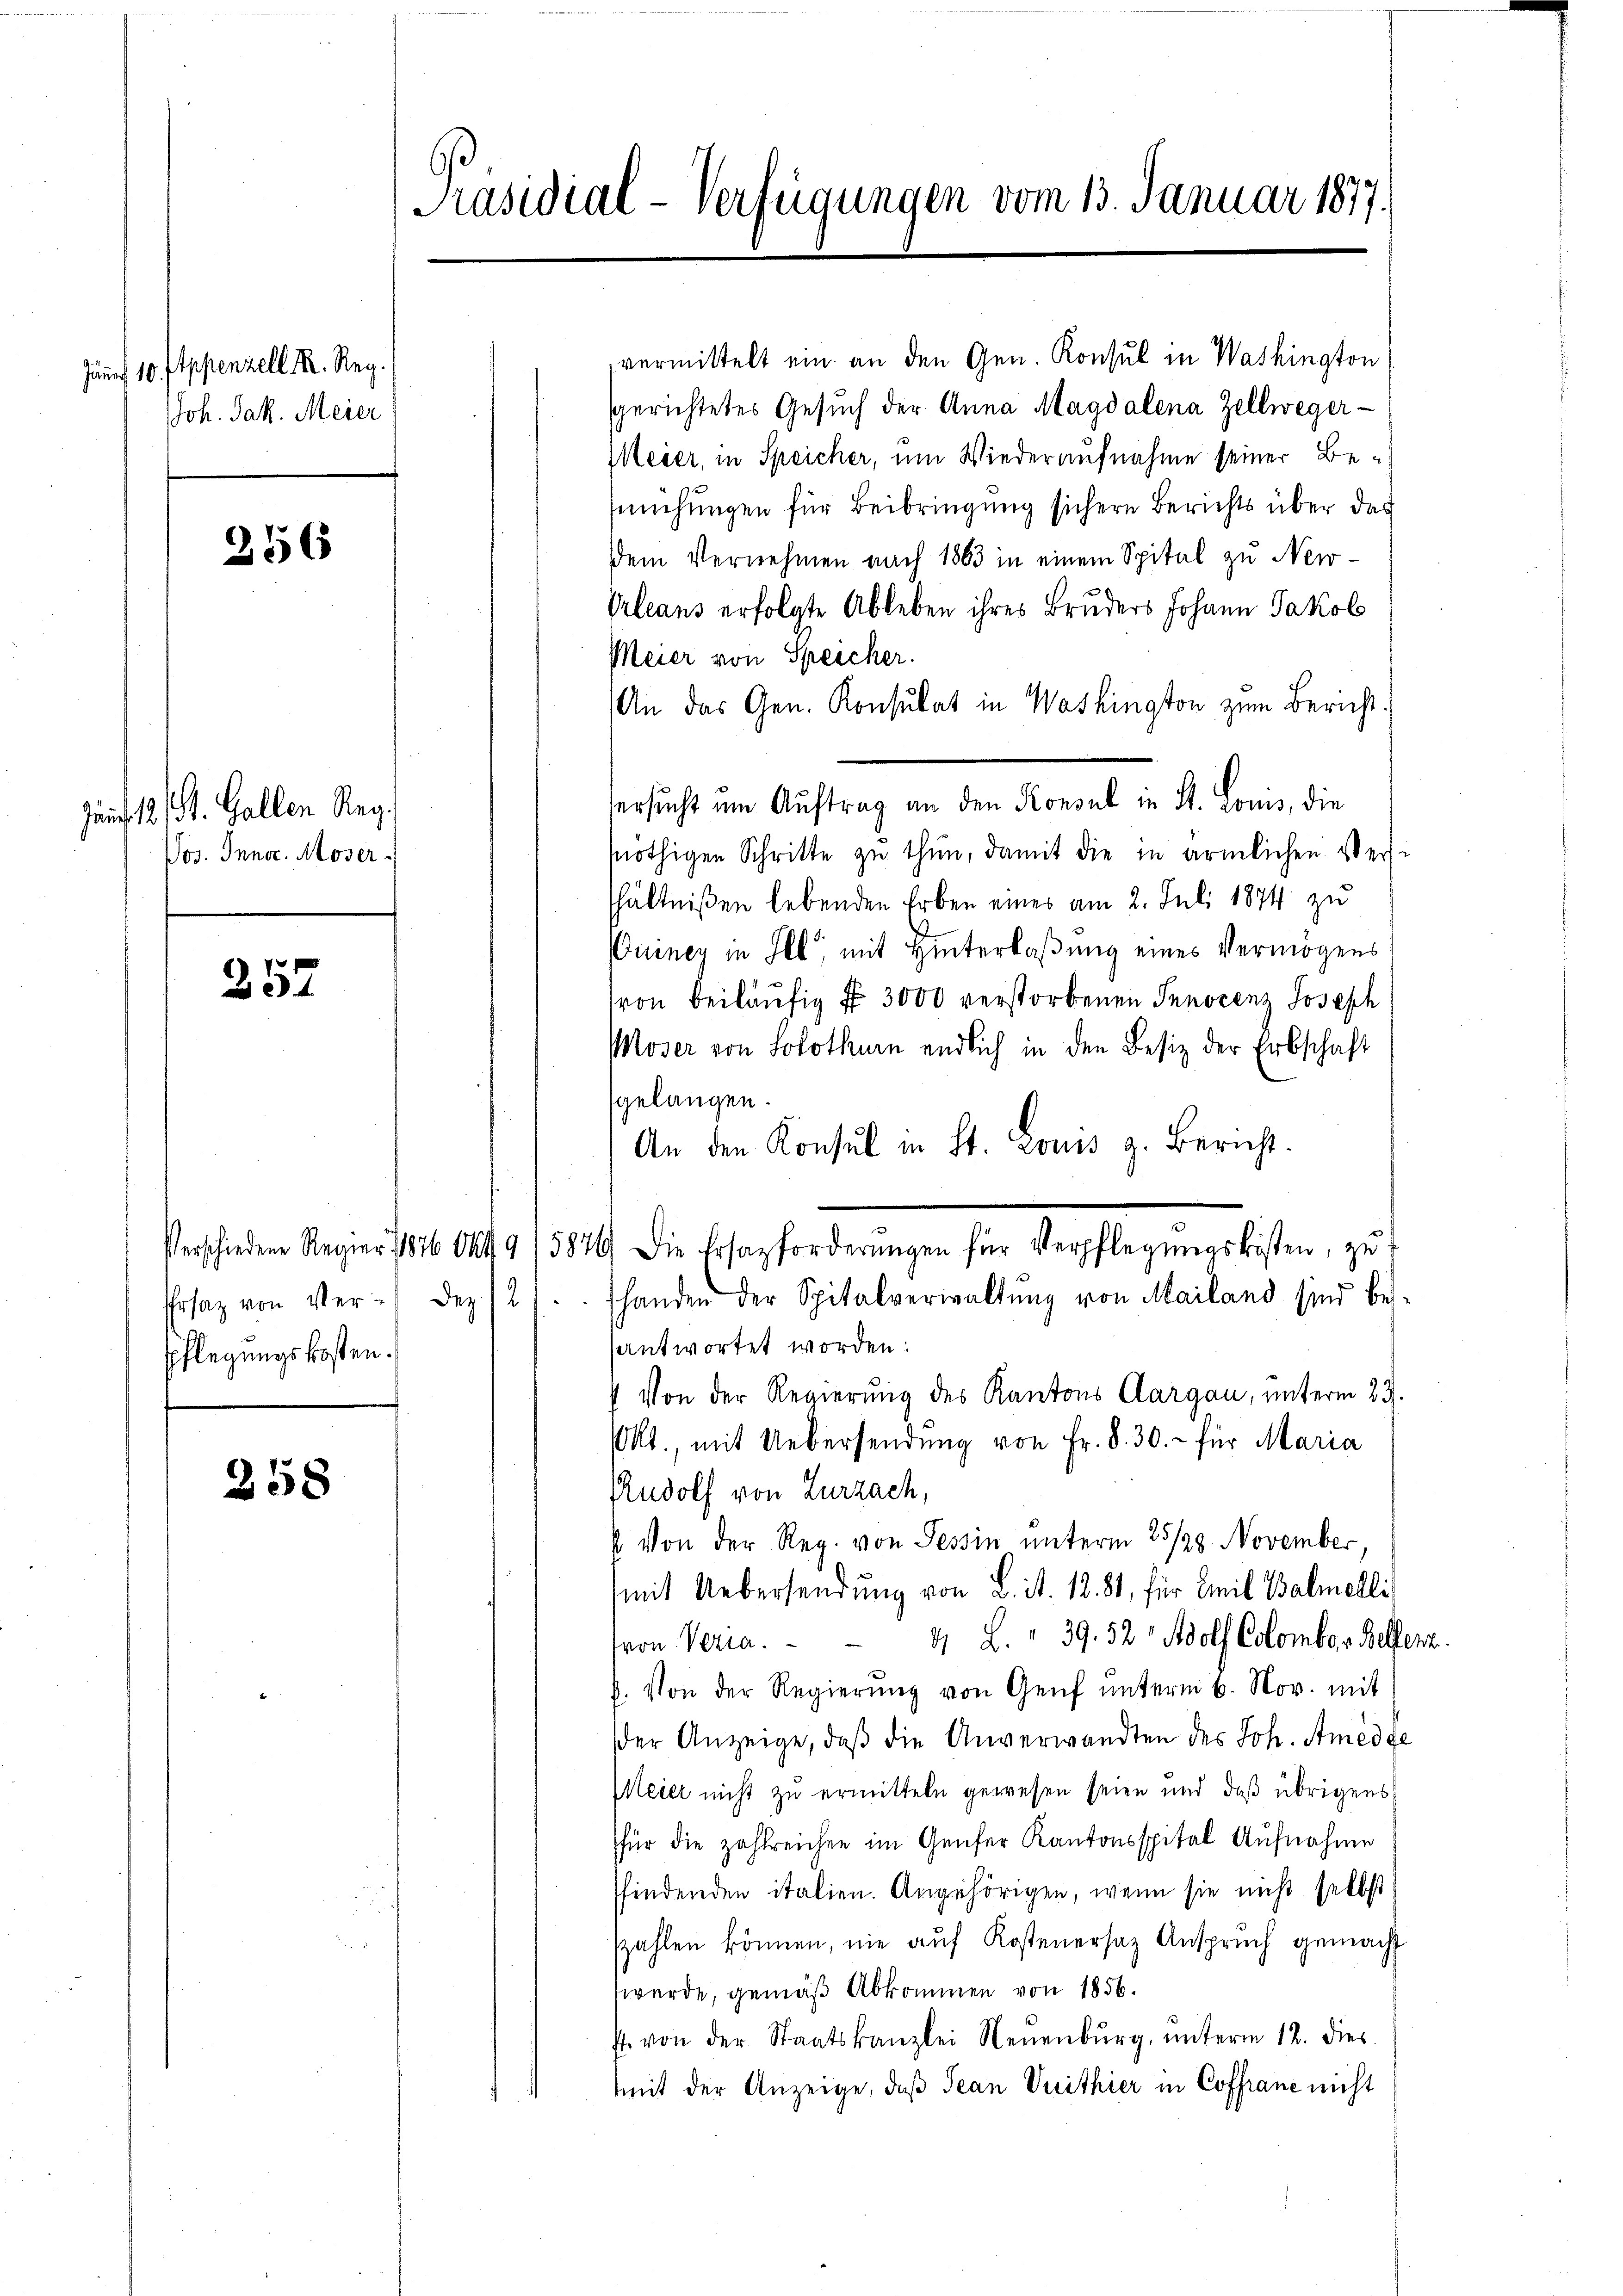
Jäner 10. Appenzell. R. Reg.
JJoh. Jak. Meier

256

Juni 12, St. Gallen Reg.
Vos. Inner. Moser

257

spflegungskosten.

258

Präsidial-Verfügungen vom 13. Januar 1877.

vermittelt ein an den Gen. Konsul in Washington
sgerichtetes Gesŭch der Anna Magdalena Zellweger
Meier, in Speicher, um Wiederaufnahme seiner Besuchungen für Beibringung sichern Berichts über des
dem Vernehmen nach 1863 in einem Spital zu New-
Orleans erfolgte Ableben ihres Bruders Johann Jakob
Meier von Speicher.
An das Gen. Konsulat in Washington zum Bericht.
Versucht im Auftrag an den Konsul in St. Louis, die
nöthigen Schritte zu thun, damit die in ärmlichen Versi
hältnißen lebenden Erben eines am 2. Juli 1874 zu
Quincy in Ill mit Hinterlaßung eines Vermögens
(von beiläufig § 3000 verstorbenen Innocenz Joseph
Moser von Solothurn endlich in den Besiz der Erbschaft
sgelangen.
An den Konsul in St. Louis z. Bericht.
Verschiedene Regier 1876 044/9 15876 die Ersatzforderŭngen für Verpflegŭngskosten, zŭ
Ersaz von Ver- dez. 12 / shanden der Spitalverwaltŭng von Mailand sind bes-
antwortet worden:
 Von der Regierung des Kantons Aargau, unterm 23.
Okt., mit Uebersendung von Fr. 8. 30. - für Maria
Rudolf von Zurzach,
 Von der Reg. von Tessin unterm 25/29. November
mit Uebersendung von L. it. 18. 81, für Emil Balmelli
von Veria.  4 L. " 39. 52, Adolf Colomber Belfenz.
f. Von der Regierŭng von Genf unterm 6. Nov. mit
der Anzeige, daß die Unverwandten des Joh. Amedge
Meier nicht zu ermitteln gewesen seien und daß übrigens
für die zahlreichen im Genfer Kantonsspital Aufnahme
ffindenden italien. Angehörigen, wenn sie nicht selbst
szahlen können, nie auf Kostenersaz Anspruch gemacht
werde, gemäß Abkommen von 1856.
I. von der Staatskanzlei Neuenburg, ŭnterm 12. dies
mit der Anzeige, daß Jean Vuithier in Coffrane nicht